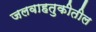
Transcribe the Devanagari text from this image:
जलवाहतुकीतील